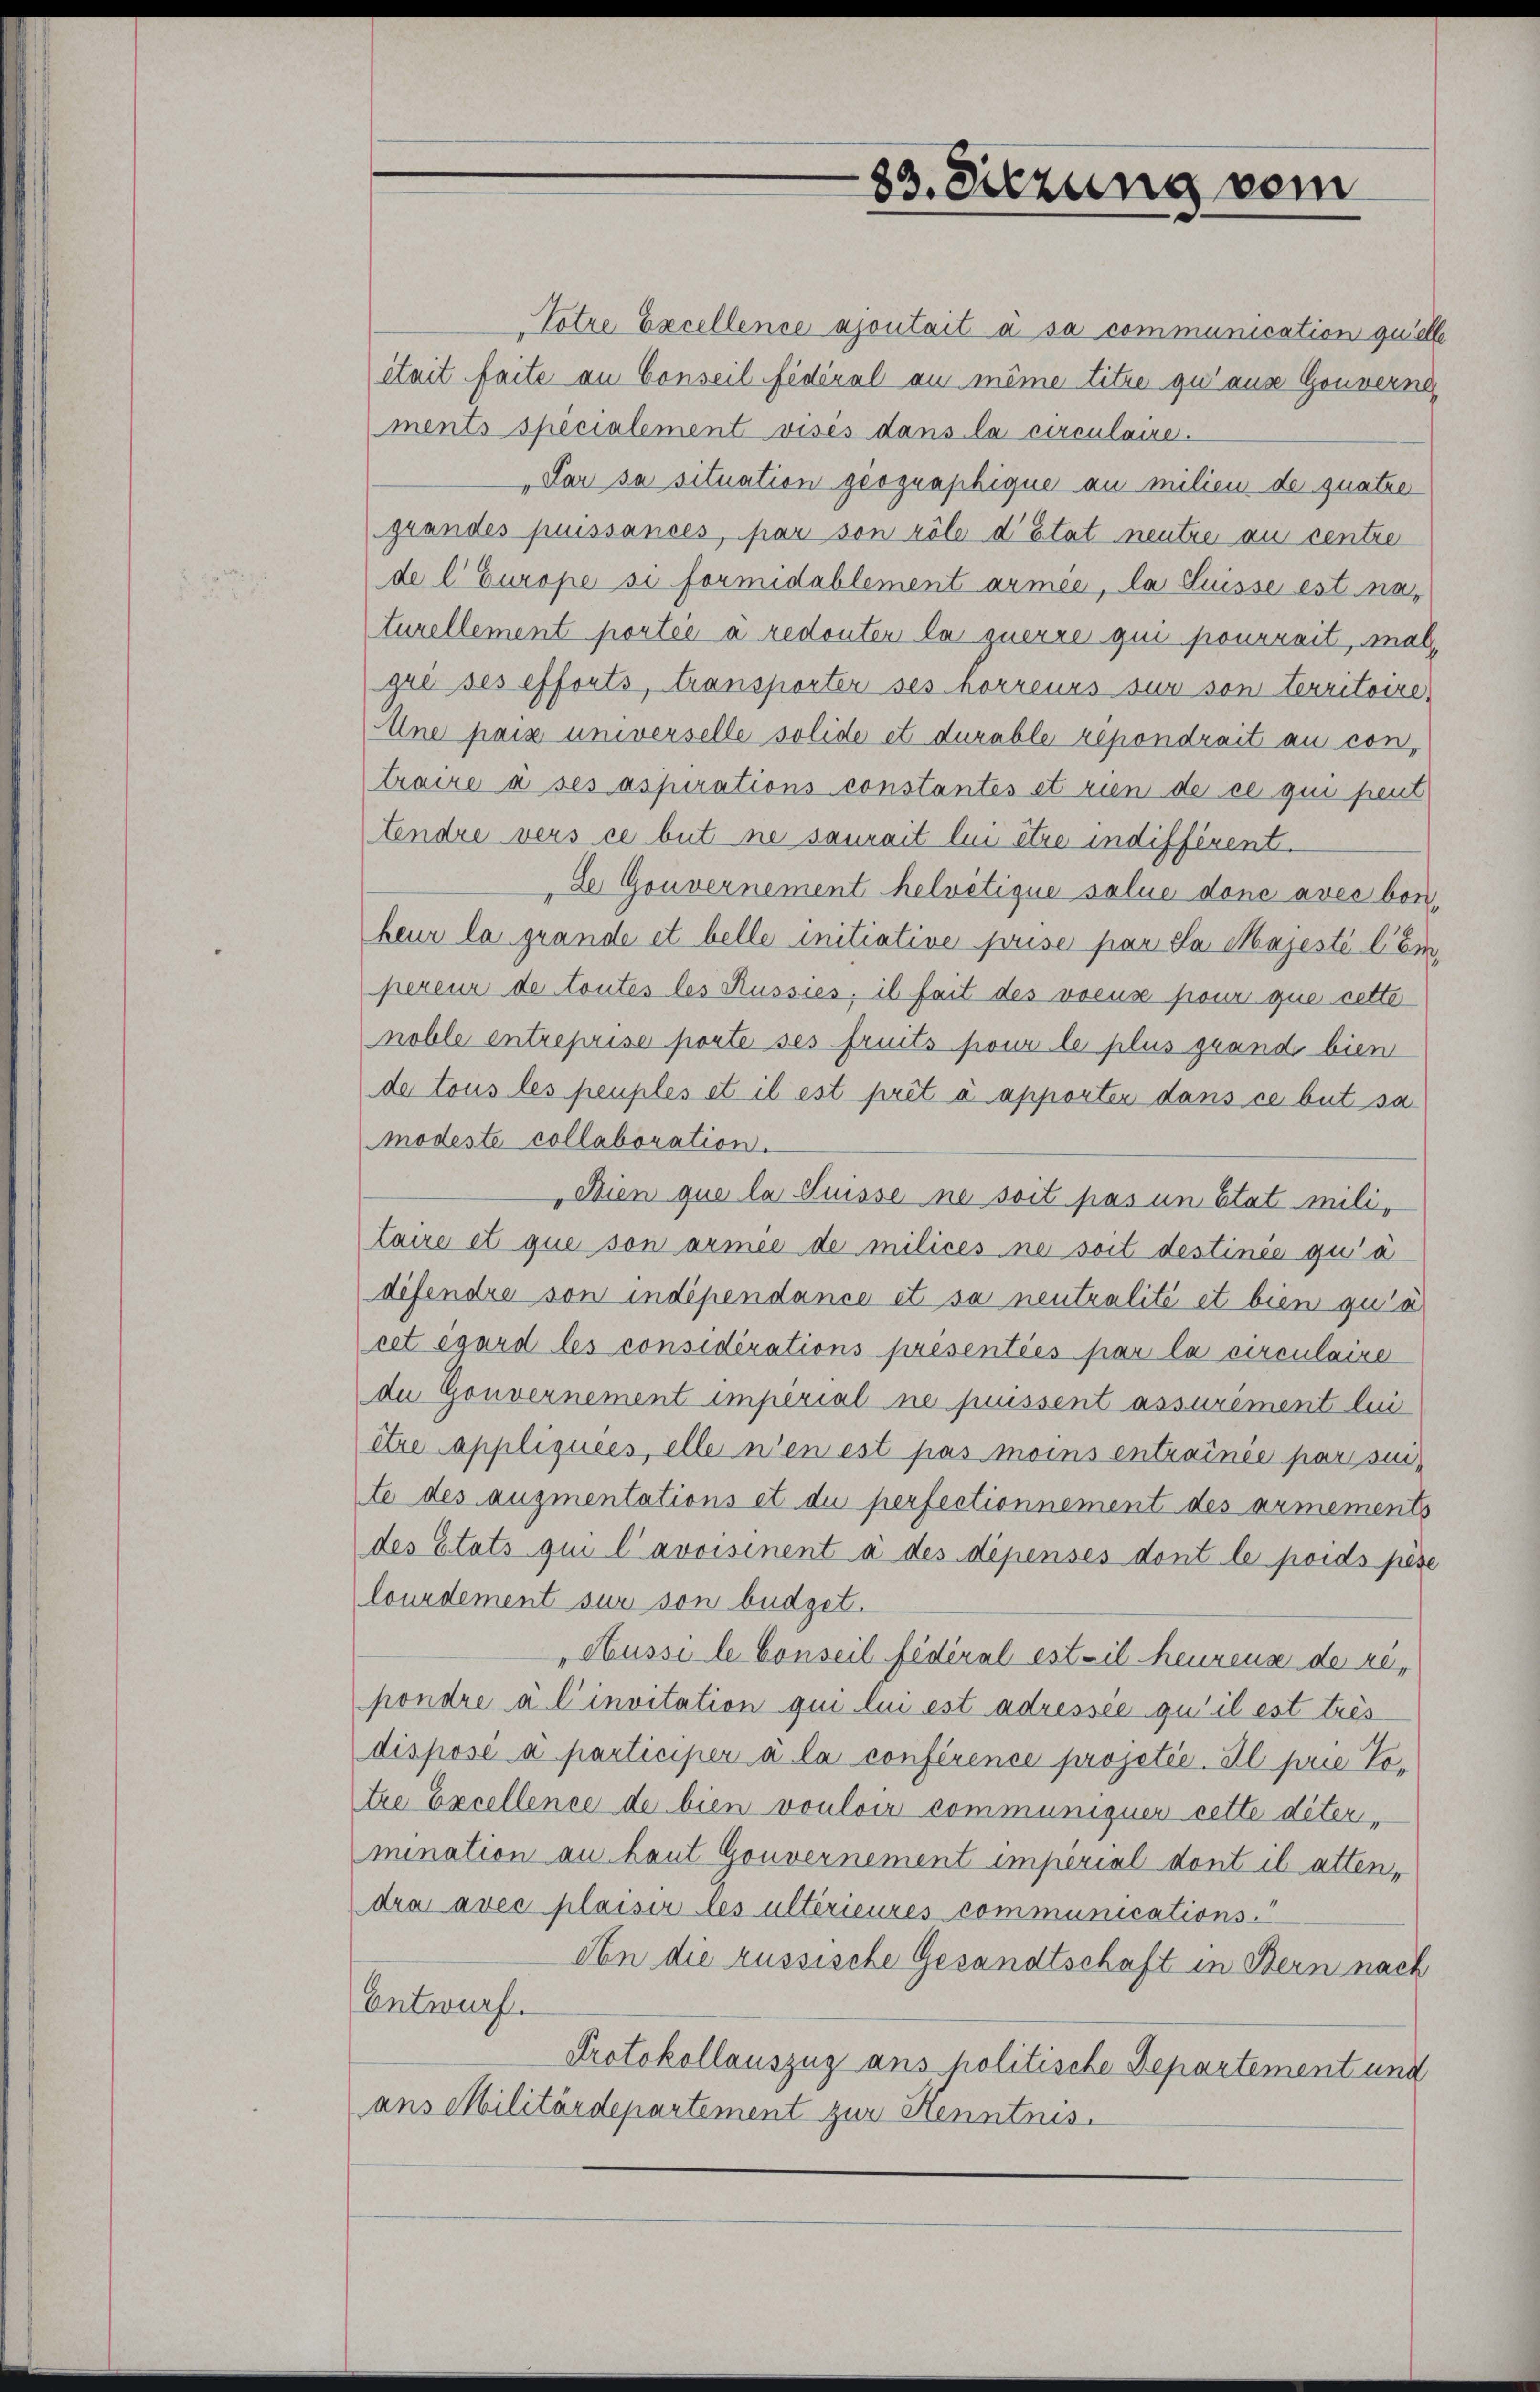
83. Sitzung vom

Totre Excellence ajoutait à sa communication quelle
était faite an Conseil fédéral au même titre qui aus Gouverne
ments specialement visés dans la circulaire.
„Par sa situation geographique au milien de quatre
grandes puissances, par son röle d’Etat neutre au centre
de l’Europe si formidablement armée, la Suisse est naturellement portée à redouter la zuerre qui pourrait, mal
gré ses efforts, transporter ses horreurs sur son territoire,
Ane paix universelle solide et durable repondrait au contraire à ses aspirations constantes et rien de ce qui peut
tendre vers ce but ne saurait lui être indifférent.
Le Gouvernement helvetique salue done avec bonheur la grande et belle initiative prise par da Majesté l’em
pereur de toutes les Russies, il fait des voeus pour que cette
noble entreprise porte ses fruits pour le plus grand bien
de tous les peuples et il est prêt à apporter dans ce but sa
modeste collaboration.
Dien que la Suisse ne soit pas in Etat militaire et que son armee de milices ne soit destinée qui a
difendre von indépendance et sa neutralité et bien qu’a
cet égard les considérations presentées par la circulaire
de Gouvernement impérial ne puissent assuriment lei
être appliquées, elle n’en est pas moins entrainie par site des augmentations et du perfectionnement des armements
des Etats qui l’avoisinent à des dépensés dont le poids pöse
lourdement sur son büdget.
"Hussi le Conseil fédéral estil heurens der repondre à l’invitation qui lui est adressée qu’il est très
disposé à participer à la conférence projetée. Il prie Totre Excellence de bien vouloir communiquer cette diter,
mination an Laut Gouvernement imperial dont il atten,
dra avec plaiser les ultérieures communications-
An die russische Gesandtschaft in Bern nach
Entwurf.
Protokollauszug ans politische Departement und
ans Militärdepartement zur Henntnis.